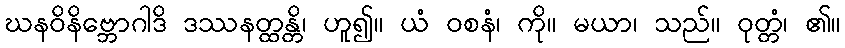
ဃနဝိနိဗ္ဘောဂါဒိ ဒဿနတ္ထန္တိ၊ ဟူ၍။ ယံ ဝစနံ၊ ကို။ မယာ၊ သည်။ ဝုတ္တံ၊ ၏။